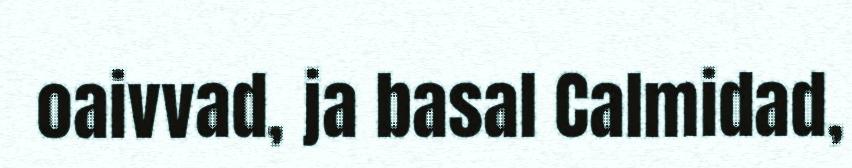
oaivvad, ja basal Calmidad,